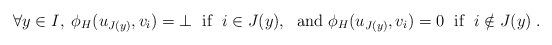
LaTeX: \begin{align*}\forall y\in I,\; \phi_H(u_{J(y)},v_i) = \bot \; \mbox{ if }\; i \in J(y), \;\mbox{ and }\phi_H(u_{J(y)},v_i) = 0\; \mbox{ if }\; i \notin J(y)\;.\end{align*}